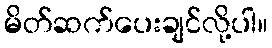
မိတ်ဆက်ပေးချင်လို့ပါ။